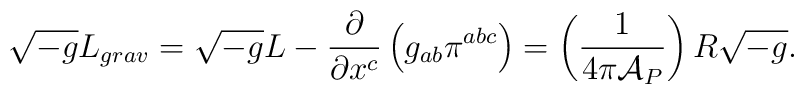
\sqrt{-g} L_{grav}=\sqrt{-g}L - {\partial\over\partial x^c} \left(g_{ab}      \pi^{abc}\right) =  \left({1\over 4\pi {\cal A}_P}\right)R\sqrt{-g}.